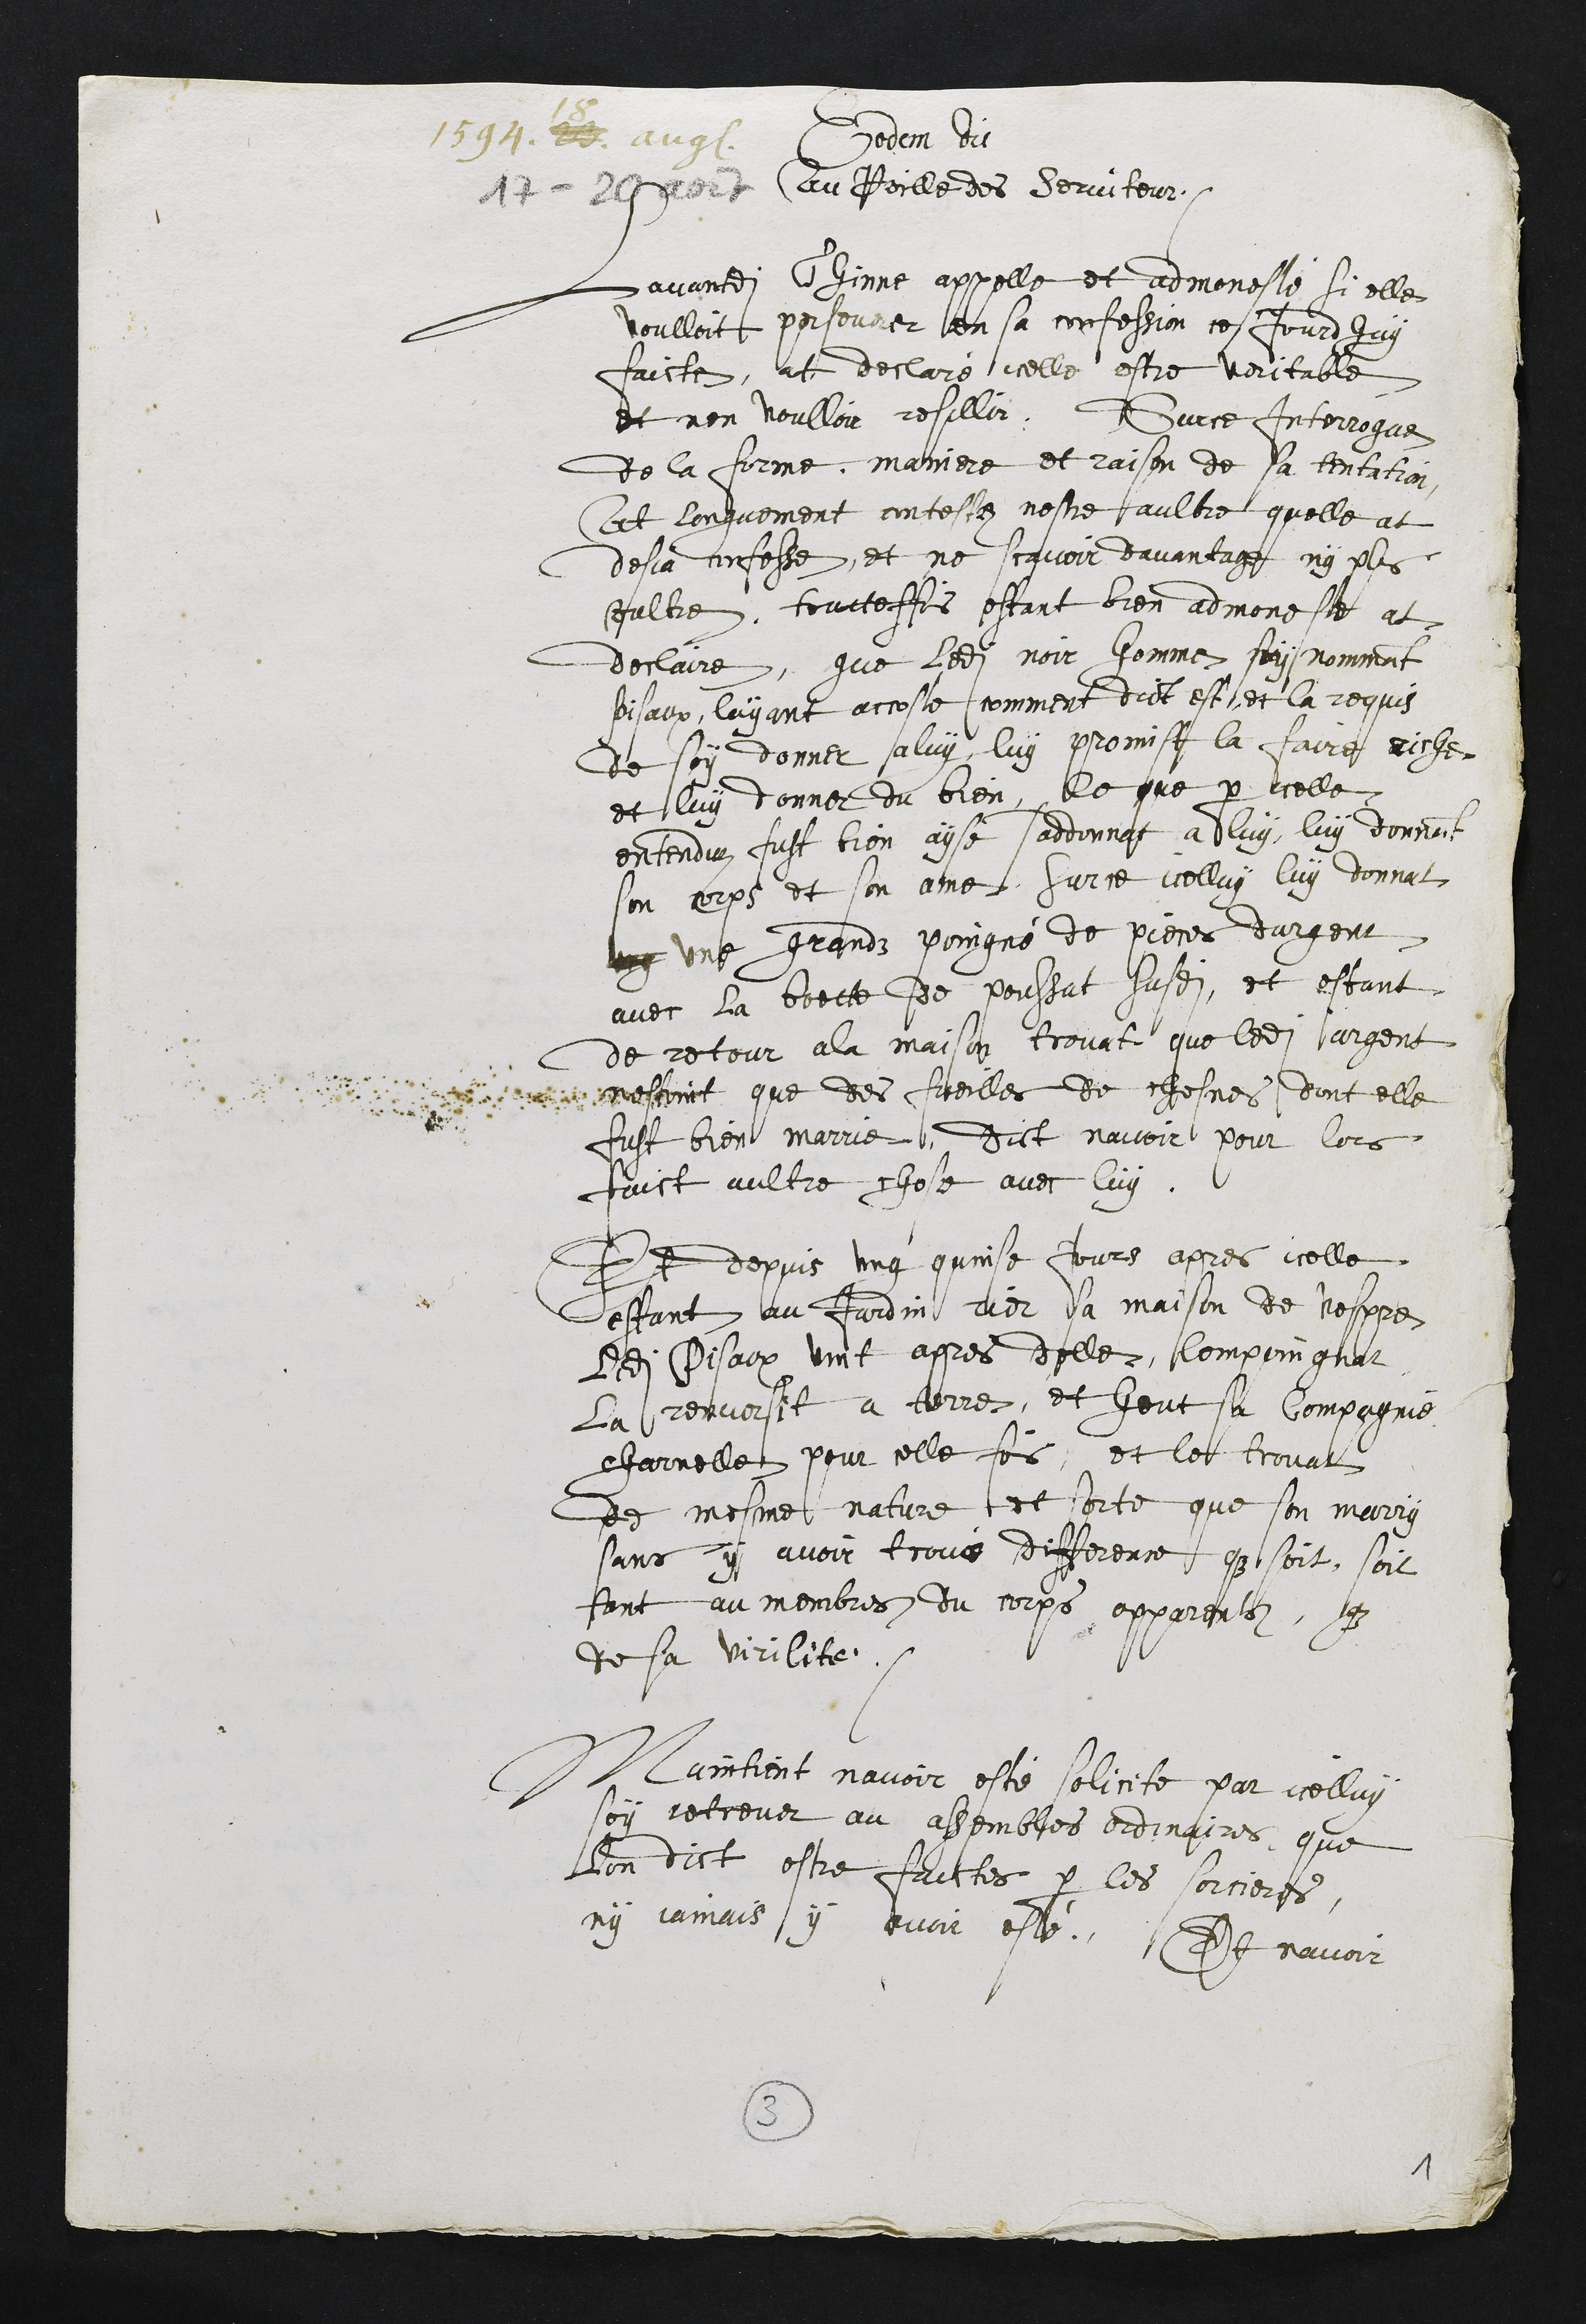
1594. 23
18
aug.
17 - 20 août
Eodem die
Au Poille des serviteur
Lavantdite Thinne appelle et admonesté si elle
voulloit perseverer en sa confession ce jourdhuy
faicte, at declaré icelle estre veritable
et nen voulloir resillir. Sur ce Interrogue
de la forme, maniere et raison de sa tentation,
At longuement contestez nestre aultre quelle at
desja confesse, et ne scavoir davantage ny plus
oultre, toutteffois estant bien admoneste at
declaire, que ledit noir homme soy nommant
Pisaux, layant accoste comment dict est, et la requis
de soy donner a luy, luy promist la faire riche
et luy donner du bien, ce que par icelle
entenduz fust bien ayse saddonnat a luy, luy donnant
son corps et son ame, Sur ce icelluy luy donnat
ung une grandz poingné de pieces dargent
avec la boette de poussat susdit, et estant
de retour a la maison trovat que ledit argent
nestoit que des fueilles de chesnes, dont elle
fust bien marrie, dict navoir pour lors
faict aultre chose avec luy.
Et depuis ung quinse jours apres icelle
estant au Jardin rier sa maison de vespre
ledit Pisaux vint apres delle, lempoingnat
la renversit a terre, et heut sa compagnie
charnelle pour celle fois, et le trovat
de mesme nature et sorte que son marry
sans y avoir trové difference que soit, soit
tant au membres du corps apparents, que
de sa virilite.
Maintient navoir esté solicite par icelluy
soy retreuver au assembles ordinaires, que
lon dict estre faictes par les sorcieres
ny jamais y avoir esté. Et navoir

3
1